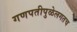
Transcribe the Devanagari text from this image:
गणपतीपुळेलगतच